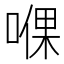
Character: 𱓹